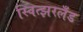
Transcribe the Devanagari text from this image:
स्वित्झरलँड